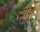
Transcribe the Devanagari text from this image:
अर्वाक्